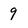
Character: 9